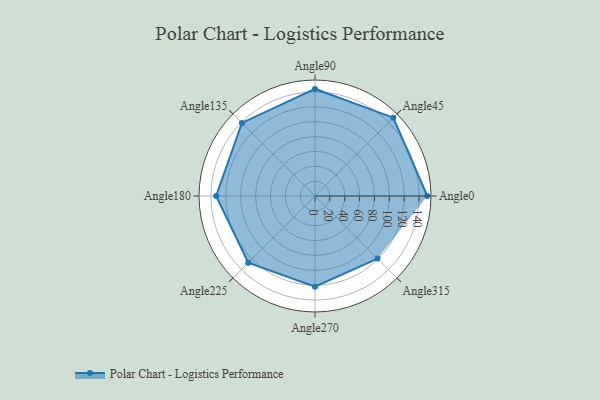
{"axis": {"x": "Angle", "y": "Radius"}, "legend": [""], "data": [{"x": "Angle0", "y": 151.0, "type": ""}, {"x": "Angle45", "y": 149.0, "type": ""}, {"x": "Angle90", "y": 144.0, "type": ""}, {"x": "Angle135", "y": 139.0, "type": ""}, {"x": "Angle180", "y": 133.0, "type": ""}, {"x": "Angle225", "y": 127.0, "type": ""}, {"x": "Angle270", "y": 122.0, "type": ""}, {"x": "Angle315", "y": 119.0, "type": ""}]}